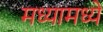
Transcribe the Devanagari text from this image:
मध्यामध्ये